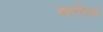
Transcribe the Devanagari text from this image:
बानीएसा